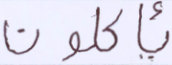
يأكلون